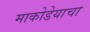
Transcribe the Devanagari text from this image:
माकोडेयाचा